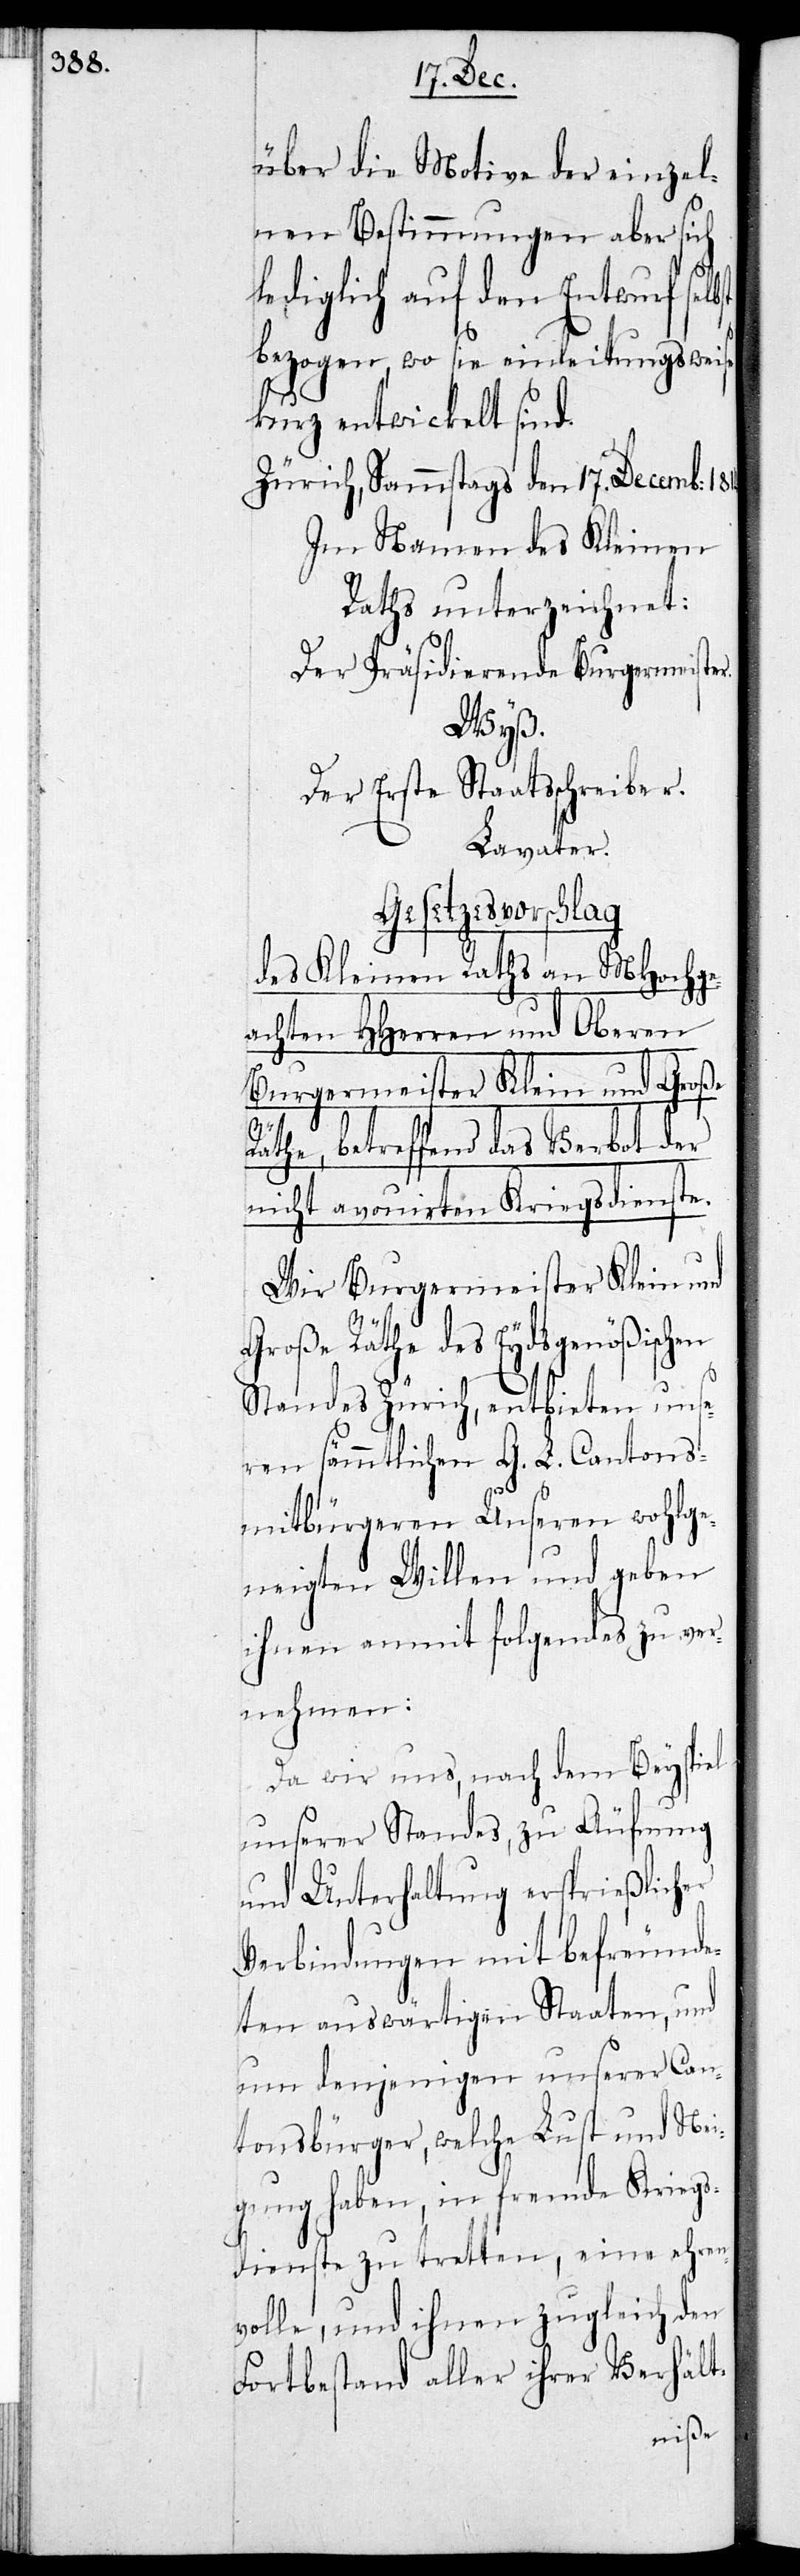
über die Motive der einzel¬
nen Bestimmungen aber sich
lediglich auf den Entwurf selbst
bezogen, wo sie einleitungsweise
kurz entwickelt sind.
Zürich, Sammstags den 17. Decemb:
Im Namen des Kleinen
Raths unterzeichnet:
Der Präsidierende Burgermeister
Wyß.
Der Erste Staatsschreiber.
Lavater.
Gesetzesvorschlag
des Kleinen Raths an MHochge¬
achten HHerren und Oberen
Burgermeister Klein und Große
en
Räthe, betreffend das Verbot der
nicht avouirten Kriegsdienste.
Wir Burgermeister Klein und
roße Räthe des Eydsgenößisch¬
Standes Zürich, entbieten unse¬
ren sämmtlichen G. L. Cantons¬
mitbürgeren Unseren wohlge¬
neigten Willen und geben
ihnen anmit folgendes zu ver¬
nehmen:
Da wir uns, nach dem Beyspiel
unserer Standes, zu Äufnung
und Unterhaltung ersprießlicher
Verbindungen mit befreunde¬
ten auswärtigen Staaten, und
um denjenigen unserer Can¬
tonsbürger, welche Lust und Nei¬
gung haben, in fremde Kriegs¬
dienste zu tretten, eine ehren¬
volle, und ihnen zugleich den
Fortbestand aller ihrer Verhält-